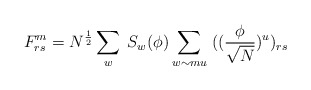
\begin{align*}F^{m}_{rs} = N^{\frac{1}{2}} \sum_{w} \; S_{w}(\phi) \sum_{w \sim mu} \; ((\frac{\phi}{\sqrt N} )^{u})_{rs}\end{align*}